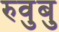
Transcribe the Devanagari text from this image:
रुवुबु